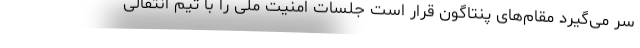
سر می‌گیرد مقام‌های پنتاگون قرار است جلسات امنیت ملی را با تیم انتقالی